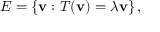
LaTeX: E = \left\{ \mathbf { v } : T ( \mathbf { v } ) = \lambda \mathbf { v } \right\} ,